Insane asylums Bombay 1873-77 - 1873-1877
Year: 1873
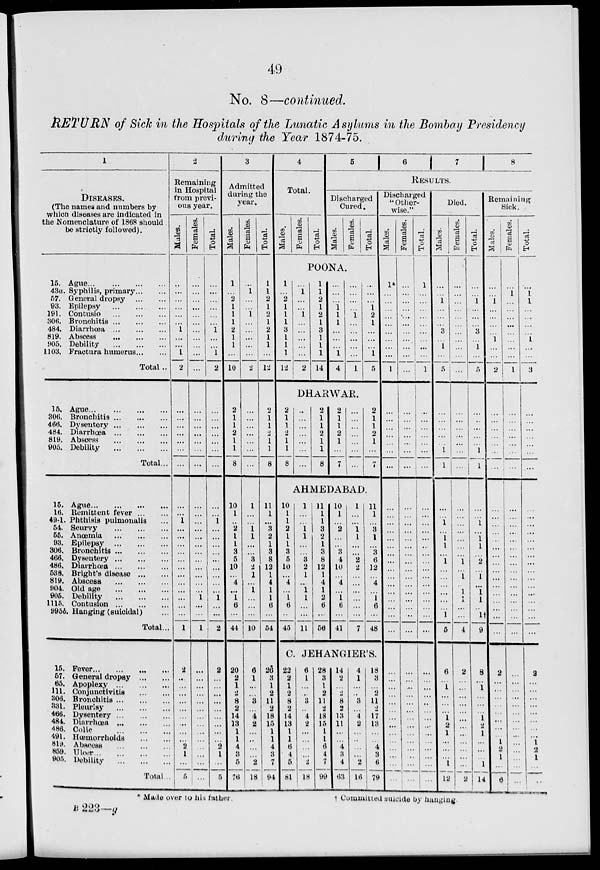
49
No. 8—continued.
RETURN of Sick in the Hospitals of the Lunatic Asylums in the Bombay Presidency
during the Year 1874-75.
1
DISEASES.
(The names and numbers by
which diseases are indicated in
the Nomenclature of 1868 should
be strictly followed).
15.
43a.
57.
93.
191.
306.
484.
819.
905.
1103.
Ague
...
...
...
...
Syphilis, primary ... ...
General dropsy
...
...
Epilepsy ... ... ...
Contusio ... ... ...
Bronchitis
...
...
...
Diarrhœa
...
...
...
Abscess
...
...
...
Debility
...
...
...
Fractura humerus ... ...
Total ..
15.
306.
466.
484.
819.
905.
Ague
...
...
...
...
Bronchitis
...
...
...
Dysentery
...
...
...
Diarrhœa
...
...
...
Abscess
...
...
...
Debility
...
...
...
Total ...
15.
16.
49-1.
54.
55.
93.
306.
466.
486.
538.
819.
904.
905.
1115.
995b.
Ague
...
...
...
...
Remittent fever
...
...
Phthisis pulmonalis ...
Scurvy
...
...
...
Anœmia
...
...
...
Epilepsy
...
...
...
Bronchitis
...
...
...
Dysentery
...
...
...
Diarrhœa
...
...
...
Bright's disease
...
...
Abscess
...
...
...
Old age
...
...
...
Debility
...
...
...
Contusion
...
...
...
Hanging (suicidal) ...
Total ...
15.
57.
65.
111.
306.
331.
466.
484.
486.
491.
819.
859.
905.
Fever
...
...
...
...
General dropsy
...
...
Apoplexy
...
...
...
Conjunctivitis
...
...
Bronchitis
...
...
...
Pleurisy
...
...
...
Dysentery
...
...
...
Diarrhœa
...
...
...
Colic
...
...
...
Hœmorrhoids
...
...
Abscess
...
...
...
Ulcer
...
...
...
...
Debility
...
...
...
Total ...
2
Remaining
in Hospital
from previ-
ous year.
Males.
...
...
...
...
...
...
1
...
...
1
2
...
...
...
...
...
...
...
...
...
1
...
...
...
...
...
...
...
...
...
...
...
...
1
2
...
...
...
...
...
...
...
...
...
2
1
...
5
Females.
...
...
...
...
...
...
...
...
...
...
...
...
...
...
...
...
...
...
...
...
...
...
...
...
...
...
...
...
...
...
1
...
...
1
...
...
...
...
...
...
...
...
...
...
...
...
...
...
Total.
...
...
...
...
...
...
1
...
...
1
2
...
...
...
...
...
...
...
...
...
1
...
...
...
...
...
...
...
...
...
1
...
...
2
2
...
...
...
...
...
...
...
...
...
2
1
...
5
3
Admitted
during the
year.
Males.
1
...
2
1
1
1
2
1
1
...
10
2
1
1
2
1
1
8
10
1
...
2
1
1
3
5
10
...
4
...
1
6
...
44
20
2
1
2
8
2
14
13
1
1
4
3
5
76
Females.
...
1
...
...
1
...
...
...
...
...
2
...
...
...
...
...
...
...
1
...
...
1
1
...
...
3
2
1
...
1
...
...
...
10
6
1
...
...
3
...
4
2
...
...
...
...
2
18
Total.
1
1
2
1
2
1
2
1
1
...
12
2
1
1
2
1
1
8
11
1
...
3
2
1
3
8
12
1
4
1
1
6
...
54
26
3
1
2
11
2
18
15
1
1
4
3
7
94
4
Total.
Males.
Females.
Total.
5
6
7
8
RESULTS.
Discharged
Cured.
Males.
Females.
Total.
POONA.
1
...
2
1
1
1
3
1
1
1
12
...
1
...
...
1
...
...
...
...
...
2
1
1
2
1
2
1
3
1
1
1
14
...
...
...
1
1
1
...
...
...
1
4
...
...
...
...
1
...
...
...
...
...
l
...
...
...
1
2
1
...
...
...
1
5
DHARWAR.
2
1
1
2
1
1
8
...
...
...
...
...
...
...
2
1
1
2
1
1
8
2
1
1
2
1
...
7
...
...
...
...
...
...
...
2
1
1
2
1
...
7
AHMEDABAD.
10
1
1
2
1
1
3
5
10
...
4
...
1
6
...
45
1
...
...
1
1
...
...
3
2
1
...
1
1
...
...
11
11
1
1
3
2
1
3
8
12
1
4
1
2
6
...
56
10
1
...
2
...
...
3
4
10
...
4
...
1
6
...
41
1
...
...
l
l
...
...
2
2
...
...
...
...
...
...
7
11
1
...
3
1
...
3
6
12
...
4
...
1
6
...
48
C. JEHANGIER'S.
22
2
1
2
8
2
14
13
1
1
6
4
5
81
6
1
...
...
3
...
4
2
...
...
...
...
2
18
28
3
1
2
11
2
18
15
1
1
6
4
7
99
14
2
...
2
8
2
13
11
...
...
4
3
4
63
4
1
...
...
3
...
4
2
...
...
...
...
2
16
18
3
...
2
11
2
17
13
...
...
4
3
6
79
Discharged
" Other-
wise."
Males.
1*
...
...
...
...
...
...
...
...
...
1
...
...
...
...
...
...
...
...
...
...
...
...
...
...
...
...
...
...
...
...
...
...
...
...
...
...
...
...
...
...
...
...
...
...
...
...
...
Females.
...
...
...
...
...
...
...
...
...
...
...
...
...
...
...
...
...
...
...
...
...
...
...
...
...
...
...
...
...
...
...
...
...
...
...
...
...
...
...
...
...
...
...
...
...
...
...
...
Total.
1
...
...
...
...
...
...
...
...
...
1
...
...
...
...
...
...
...
...
...
...
...
...
...
...
...
...
...
...
...
...
...
...
...
...
...
...
...
...
...
...
...
...
...
...
...
...
...
Died.
Males.
...
...
1
...
...
...
3
...
1
...
5
...
...
...
...
...
1
l
...
...
1
...
l
l
...
l
...
...
...
...
...
...
l
5
6
...
1
...
...
...
1
2
1
...
...
...
1
12
Females.
...
...
...
...
...
...
...
...
...
...
...
...
...
...
...
...
...
...
...
...
...
...
...
...
...
1
...
1
...
1
1
...
...
4
2
...
...
...
...
...
...
...
...
...
...
...
...
2
Total.
...
...
1
...
...
...
3
...
1
...
5
...
...
...
...
...
1
1
...
...
1
...
1
1
...
2
...
1
...
1
1
...
1
9
8
...
1
...
...
...
1
2
1
...
...
...
1
14
Remaining
Sick.
Males.
...
...
1
...
...
...
...
1
...
...
2
...
...
...
...
...
...
...
...
...
...
...
...
...
...
...
...
...
...
...
...
...
...
...
2
...
...
...
...
...
...
...
...
1
2
1
...
6
Females.
...
1
...
...
...
...
...
...
...
...
l
...
...
...
...
...
...
...
...
...
...
...
...
...
...
...
...
...
...
...
...
...
...
...
...
...
...
...
...
...
...
...
...
...
...
...
...
...
Total.
...
1
1
...
...
...
...
1
...
...
3
...
...
...
...
...
...
...
...
...
...
...
...
...
...
...
...
...
...
...
...
...
...
...
2
...
...
...
...
...
...
...
...
1
2
1
...
6
* Made over to his
father.
†
Committed suicide by hanging.
B 223—y